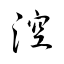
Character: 涳